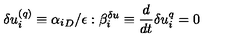
\delta u _ { i } ^ { ( q ) } \equiv { \alpha _ { i } } _ { D } / \epsilon : \beta _ { i } ^ { \delta u } \equiv \frac { d } { d t } \delta u _ { i } ^ { q } = 0